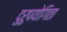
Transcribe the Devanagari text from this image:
दुरुपयोगिता